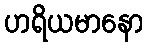
ဟရိယမာနော